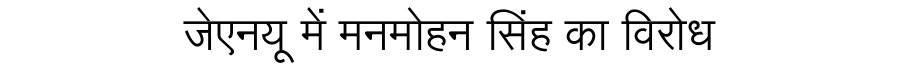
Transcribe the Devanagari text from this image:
जेएनयू में मनमोहन सिंह का विरोध